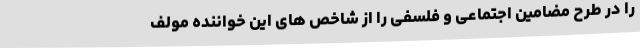
را در طرح مضامین اجتماعی و فلسفی را از شاخص های این خواننده مولف